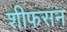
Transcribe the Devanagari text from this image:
शीफसन